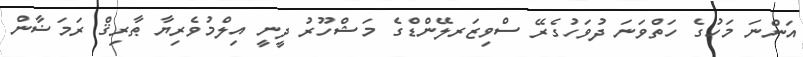
އަންނަ މަހުގެ ހަތްވަނަ ދުވަހުގެރޭ ސްވިޒަރލޭންޑްގެ މަޝްހޫރު ދީނީ އިލްމުވެރިޔާ ޠާރިޤް ރަމަޟާން